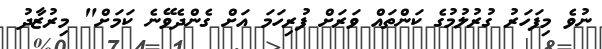
ނުވެ މިފަހަރު ގުރުލުމުގެ ކަންތައް ވަރަށް ފުރިހަމަ އަށް ގެންދެވޭނެ ކަމަށް" މިރުޒާދު